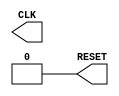
module tester
  (
   output reg 	    CLK,
   output reg 	    RESET
   );

   initial
     begin
	CLK = 1;
	RESET = 0;
	#3 RESET = 1;
	#9 RESET = 0;
     end

   always
     begin
	#1 CLK = ~CLK;
     end

endmodule